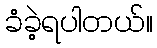
ခံခဲ့ရပါတယ်။